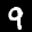
Label: 9